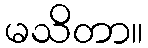
မသိတာ။